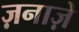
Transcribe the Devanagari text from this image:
ज़नाज़े